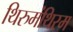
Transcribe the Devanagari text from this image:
थिरुमंथिरम